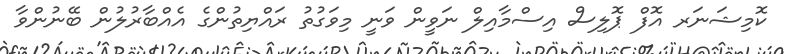
ކޮމިޝަނަރ އޮފް ޕޮލިސް އިސްމާއިލް ނަވީން ވަނީ މިވަގުތު ރައްޔިތުންގެ އެއްބާރުލުން ބޭނުންވާ